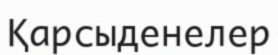
Қарсыденелер